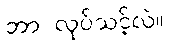
ဘာ လုပ်သင့်လဲ။